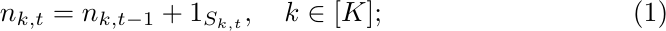
\begin{equation}
\label{eq:TP1}
n_{k,t} = n_{k, t-1} + 1_{S_{k,t}}, \quad k \in [K] ;
\end{equation}